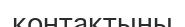
контактыны